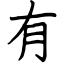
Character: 有